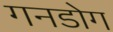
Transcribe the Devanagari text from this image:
गनडोग